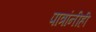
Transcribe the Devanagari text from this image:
पात्रांनीही